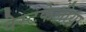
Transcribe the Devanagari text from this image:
वेस्टफेलीया